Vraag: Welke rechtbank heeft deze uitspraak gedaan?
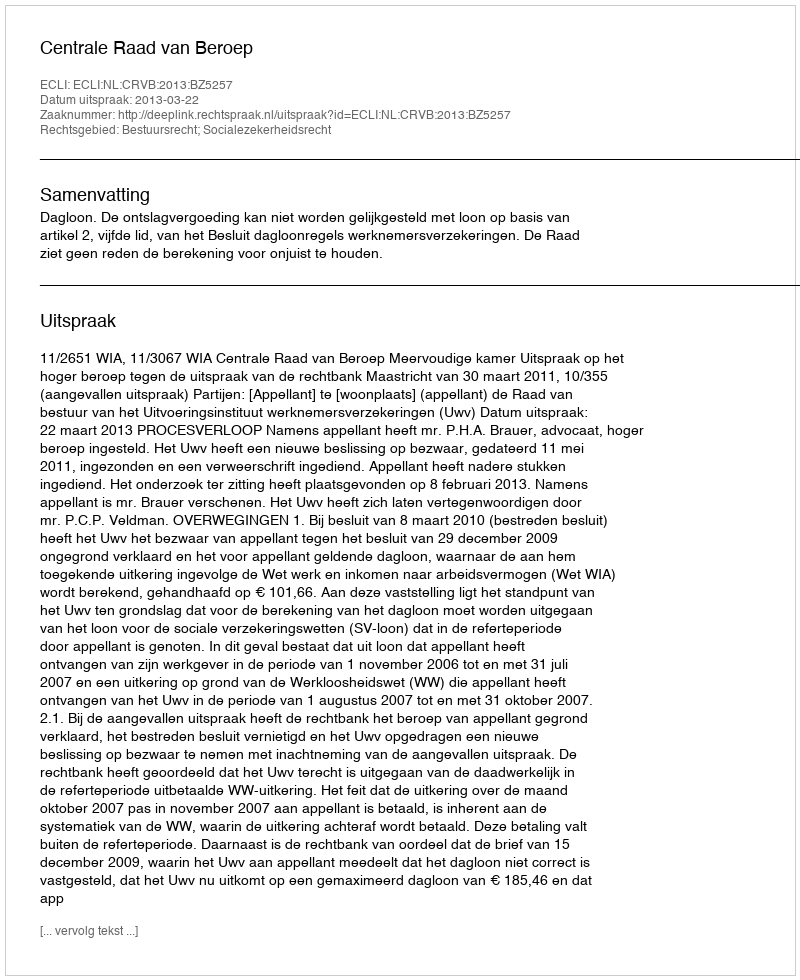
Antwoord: Centrale Raad van Beroep